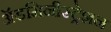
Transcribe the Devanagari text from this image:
ॲडमिनीस्ट्रेशन